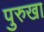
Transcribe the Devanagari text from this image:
पुरुखा